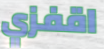
اقفزي